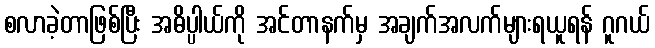
စလာခဲ့တာဖြစ်ပြီး အဓိပ္ပါယ်ကို အင်တာနက်မှ အချက်အလက်များရယူရန် ဂူဂယ်